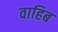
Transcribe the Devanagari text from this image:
वाहिब